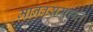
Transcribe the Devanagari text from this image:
मानवसमुहात